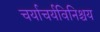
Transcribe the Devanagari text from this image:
चर्याचर्यविनिश्चय